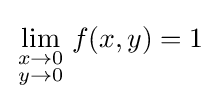
\lim _{\begin{smallmatrix}x\to 0\\y\to 0\end{smallmatrix}}f(x,y)=1